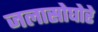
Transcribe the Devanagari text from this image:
जलासोघोरे